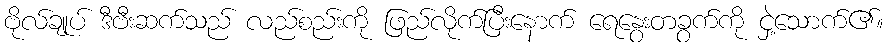
ဗိုလ်ချုပ် ဒီဗီးဆက်သည် လည်စည်းကို ဖြည်လိုက်ပြီးနောက် ရေနွေးတခွက်ကို ငှဲ့သောက်၏။